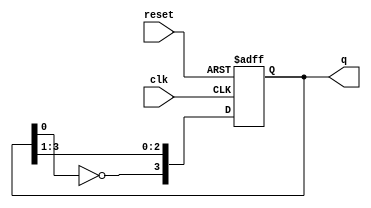
module johnson_counter (
    input wire clk,          // Clock input
    input wire reset,        // Reset input
    output reg [3:0] q       // 4-bit output
);

    // Sequential logic for the Johnson counter
    always @(posedge clk or posedge reset) begin
        if (reset) begin
            q <= 4'b0000;    // Reset the counter to 0000
        end else begin
            q[3] <= ~q[0];    // Invert the output of the last flip-flop and feed it to the first flip-flop
            q[2] <= q[3];     // Shift the state of the last flip-flop to the second flip-flop
            q[1] <= q[2];     // Shift the state of the second flip-flop to the third flip-flop
            q[0] <= q[1];     // Shift the state of the first flip-flop to the second flip-flop
        end
    end

endmodule